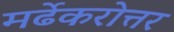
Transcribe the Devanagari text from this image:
मर्ढेकरोत्तर